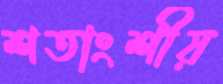
শতাংশীয়